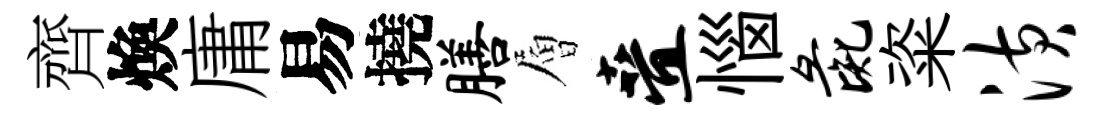
齊煥庸易撓膳層叠惱彘粢潢